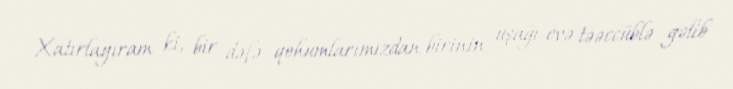
Xatırlayıram ki, bir dəfə qohumlarımızdan birinin uşağı evə təəccüblə gəlib